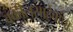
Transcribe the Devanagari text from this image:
वकीलसाहेबांचा